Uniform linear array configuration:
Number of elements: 12
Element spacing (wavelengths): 0.5
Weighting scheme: binomial
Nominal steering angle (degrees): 60
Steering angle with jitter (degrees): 61.93
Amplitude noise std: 0.05
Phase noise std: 0.05

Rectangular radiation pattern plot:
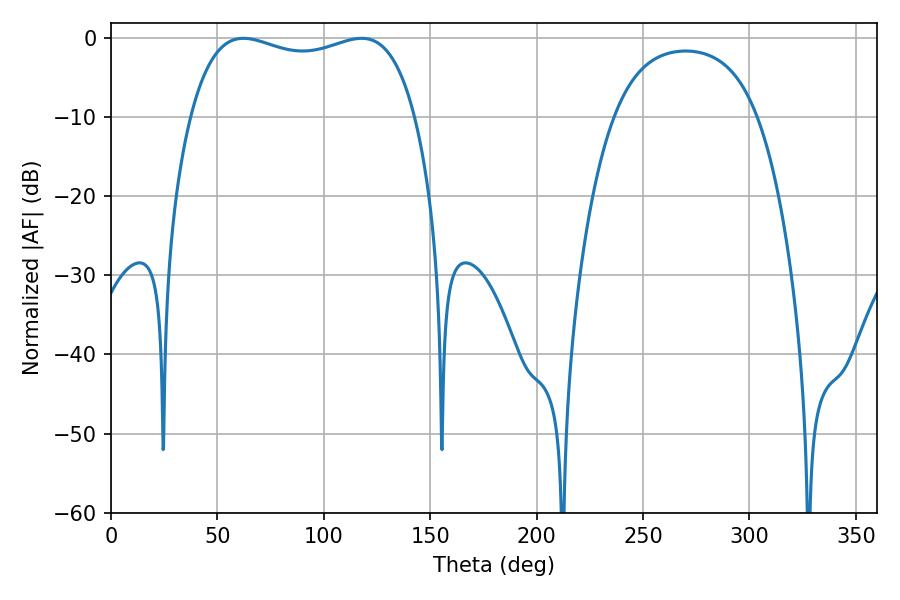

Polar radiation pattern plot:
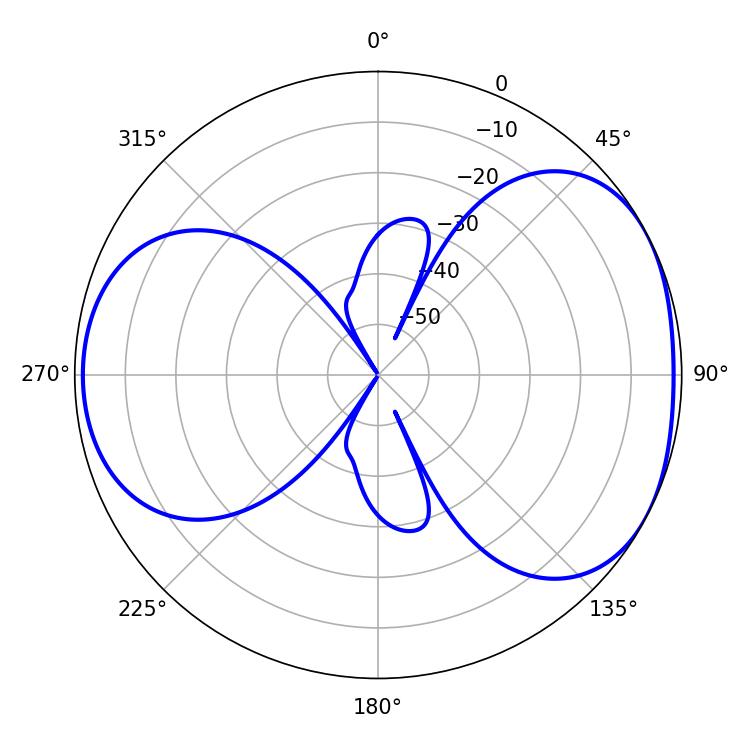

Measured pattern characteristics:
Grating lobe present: FALSE
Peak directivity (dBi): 4.741
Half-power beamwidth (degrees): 86.4
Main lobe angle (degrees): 62.28